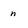
Character: n